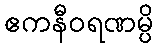
ဧကနီဝရဏမ္ပိ